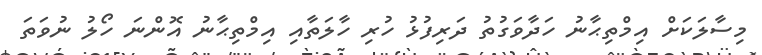
މިސާލަކަށް އިމްތިޙާނު ހަދާވަގުތު ދަރިފުޅު ހުރި ހާލަތާއި އިމްތިޙާނު އޮންނަ ހޯލު ނުވަތަ